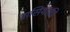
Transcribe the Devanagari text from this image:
वासिंयोकी